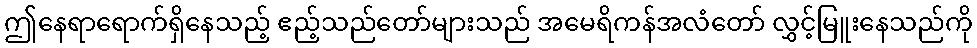
ဤနေရာရောက်ရှိနေသည့် ဧည့်သည်တော်များသည် အမေရိကန်အလံတော် လွှင့်မြူးနေသည်ကို